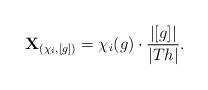
LaTeX: \begin{align*}\mathbf X_{(\chi_i,[g])}=\chi_i(g)\cdot\frac{|[g]|}{|Th|}.\end{align*}